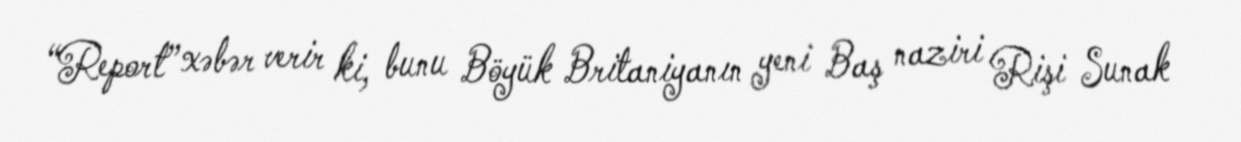
“Report” xəbər verir ki, bunu Böyük Britaniyanın yeni Baş naziri Rişi Sunak